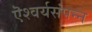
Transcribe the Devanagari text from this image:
ऎश्वर्यसंपन्न